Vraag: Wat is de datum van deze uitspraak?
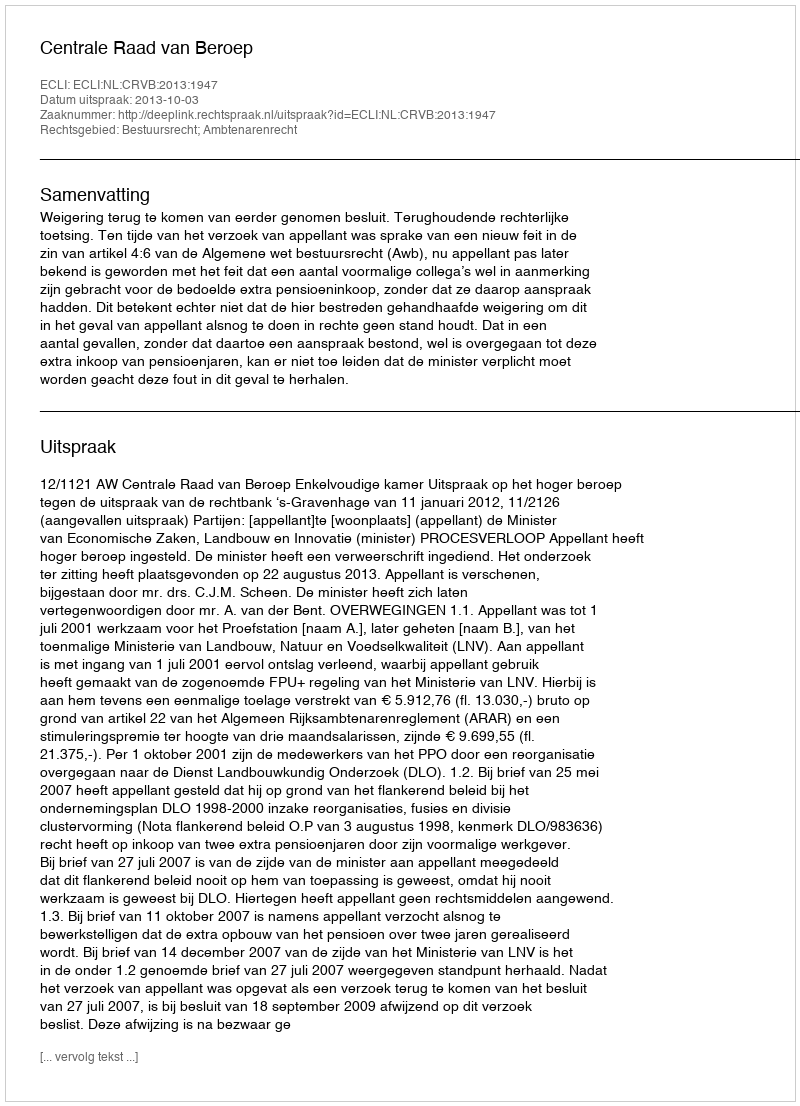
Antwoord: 2013-10-03